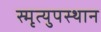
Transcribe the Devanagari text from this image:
स्मृत्युपस्थान